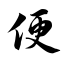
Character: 便